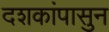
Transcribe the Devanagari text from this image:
दशकांपासुन